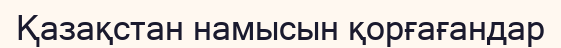
Қазақстан намысын қорғағандар